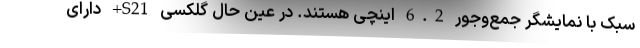
سبک با نمایشگر جمع‌وجور 6.2 اینچی هستند. در عین حال گلکسی S21+ دارای